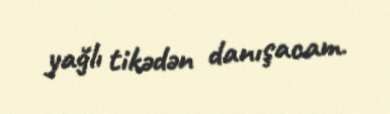
yağlı tikədən danışacam.